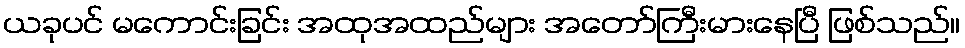
ယခုပင် မကောင်းခြင်း အထုအထည်များ အတော်ကြီးမားနေပြီ ဖြစ်သည်။